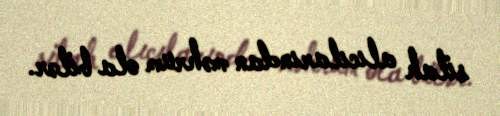
silah alıcılarından məhrum ola bilər.